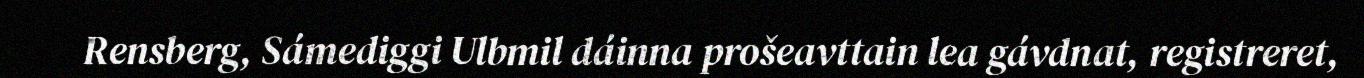
Rensberg, Sámediggi Ulbmil dáinna prošeavttain lea gávdnat, registreret,